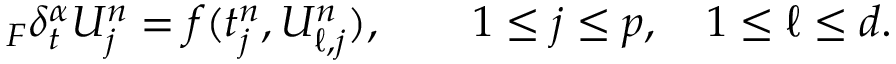
{ } _ { F } \delta _ { t } ^ { \alpha } U _ { j } ^ { n } = f ( t _ { j } ^ { n } , U _ { \ell , j } ^ { n } ) , \qquad 1 \le j \le p , \quad 1 \le \ell \le d .